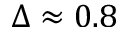
\Delta \approx 0 . 8